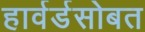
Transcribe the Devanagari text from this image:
हार्वर्डसोबत